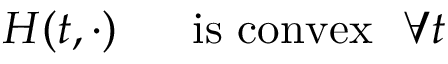
H ( t , \cdot ) \ \ \ \ \ \mathrm { i s \ c o n v e x } \ \ \forall t